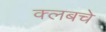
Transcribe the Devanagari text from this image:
क्‍लबचे